Civil Veterinary Dept. Bombay admin report 1923-31 - 1923-1931
Year: 1923
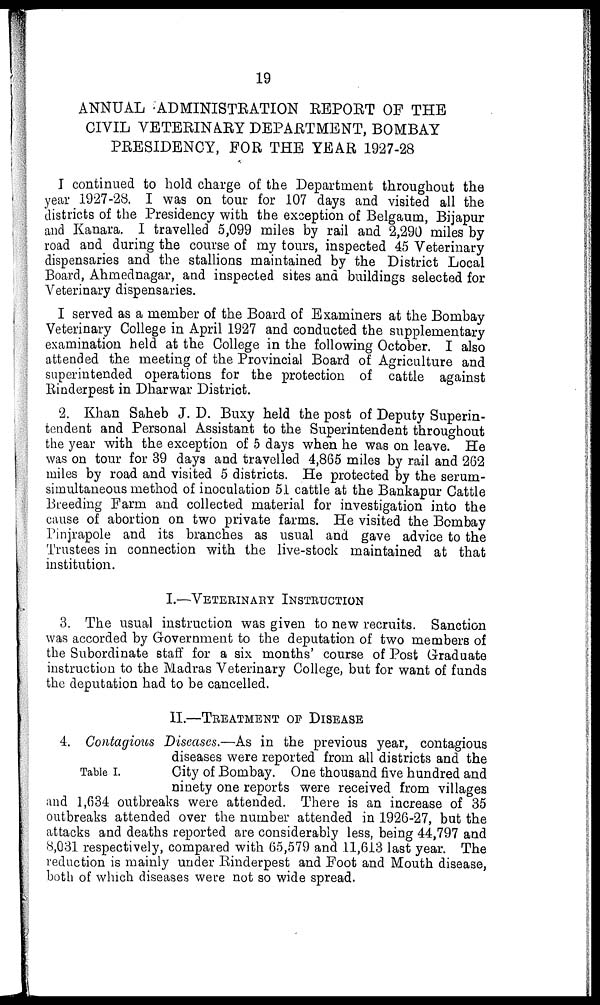
19
ANNUAL ADMINISTRATION REPORT OF THE
CIVIL VETERINARY DEPARTMENT, BOMBAY
PRESIDENCY, FOR THE YEAR 1927-28
I continued to hold charge of the Department throughout the
year 1927-28. I was on tour for 107 days and visited all the
districts of the Presidency with the exception of Belgaum, Bijapur
and Kanara. I travelled 5,099 miles by rail and 2,290 miles by
road and during the course of my tours, inspected 45 Veterinary
dispensaries and the stallions maintained by the District Local
Board, Ahmednagar, and inspected sites and buildings selected for
Veterinary dispensaries.
I served as a member of the Board of Examiners at the Bombay
Veterinary College in April 1927 and conducted the supplementary
examination held at the College in the following October. I also
attended the meeting of the Provincial Board of Agriculture and
superintended operations for the protection of cattle against
Rinderpest in Dharwar District.
2. Khan Saheb J. D. Buxy held the post of Deputy Superin-
tendent and Personal Assistant to the Superintendent throughout
the year with the exception of 5 days when he was on leave. He
was on tour for 39 days and travelled 4,865 miles by rail and 262
miles by road and visited 5 districts. He protected by the serum-
simultaneous method of inoculation 51 cattle at the Bankapur Cattle
Breeding Farm and collected material for investigation into the
cause of abortion on two private farms. He visited the Bombay
Pinjrapole and its branches as usual and gave advice to the
Trustees in connection with the live-stock maintained at that
institution.
I.—VETERINARY INSTRUCTION
3. The usual instruction was given to new recruits. Sanction
was accorded by Government to the deputation of two members of
the Subordinate staff for a six months' course of Post Graduate
instruction to the Madras Veterinary College, but for want of funds
the deputation had to be cancelled.
II.—TREATMENT OF DISEASE
Table I.
4. Contagious Diseases.—As in the previous year, contagious
diseases were reported from all districts and the
City of Bombay. One thousand five hundred and
ninety one reports were received from villages
and 1,634 outbreaks were attended. There is an increase of 35
outbreaks attended over the number attended in 1926-27, but the
attacks and deaths reported are considerably less, being 44,797 and
8,031 respectively, compared with 65,579 and 11,613 last year. The
reduction is mainly under Rinderpest and Foot and Mouth disease,
both of which diseases were not so wide spread.